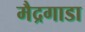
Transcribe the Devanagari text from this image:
मैद्रगाडा